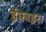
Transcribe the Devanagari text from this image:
ईफ़ाइरा